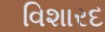
વિશારદ